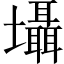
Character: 𡓳